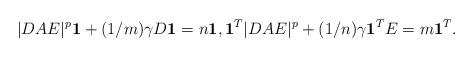
LaTeX: \begin{align*}|DAE|^p \mathbf{1} + (1/m)\gamma D\mathbf{1} =n \mathbf{1}, \mathbf{1}^T |DAE|^p + (1/n)\gamma \mathbf{1}^TE=m \mathbf{1}^T.\end{align*}